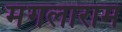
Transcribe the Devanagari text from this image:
मंगलाराम